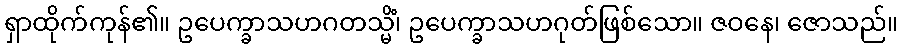
ရှာထိုက်ကုန်၏။ ဥပေက္ခာသဟဂတသ္မိံ၊ ဥပေက္ခာသဟဂုတ်ဖြစ်သော။ ဇဝနေ၊ ဇောသည်။